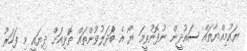
ޔައުމިއްޔާތައް ސައުދީން ނުފޮނުވީމަ ޔޯ އެ ބަެްދަލުވުންތައް ތޮޅިއަށް ދިޔައީ މި ފަހަރު